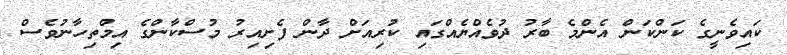
ކައިވެނީގެ ކަންކަން އެންމެ ބާރު ދުވެއްޔެއްގައި ކުރިއަށް ދާން ފެށިއިރު މުސްކާންގެ އިމްތިހާނުވެސް